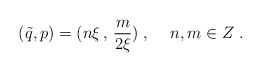
\begin{align*}(\tilde{q},p)=(n\xi\, ,\, \frac{m}{2\xi})\; ,\hspace{.5cm}n,m\in Z\; .\end{align*}